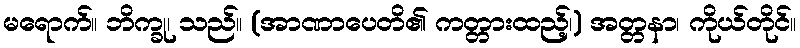
မရောက်။ ဘိက္ခု၊ သည်။ (အာဏာပေတိ၏ ကတ္တားထည့်၊) အတ္တနာ၊ ကိုယ်တိုင်။